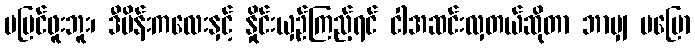
မမြင်ဖူးဘူး၊ ဒီမိန်းကလေးနှင့် နှိုင်းယှဉ်ကြည့်ရင် ငါအဆင်းလှတယ်ဆိုတာ ဘာမျှ မပြော